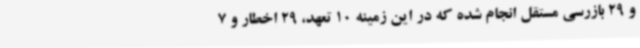
و 29 بازرسی مستقل انجام شده که در این زمینه 10 تعهد، 29 اخطار و 7